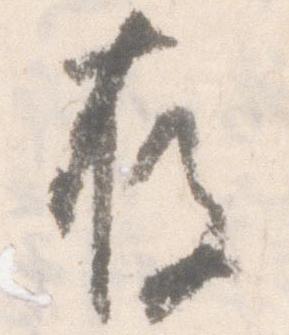
存